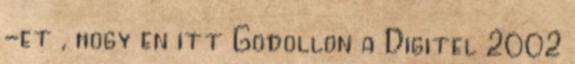
-et , hogy en itt Godollon a Digitel 2002